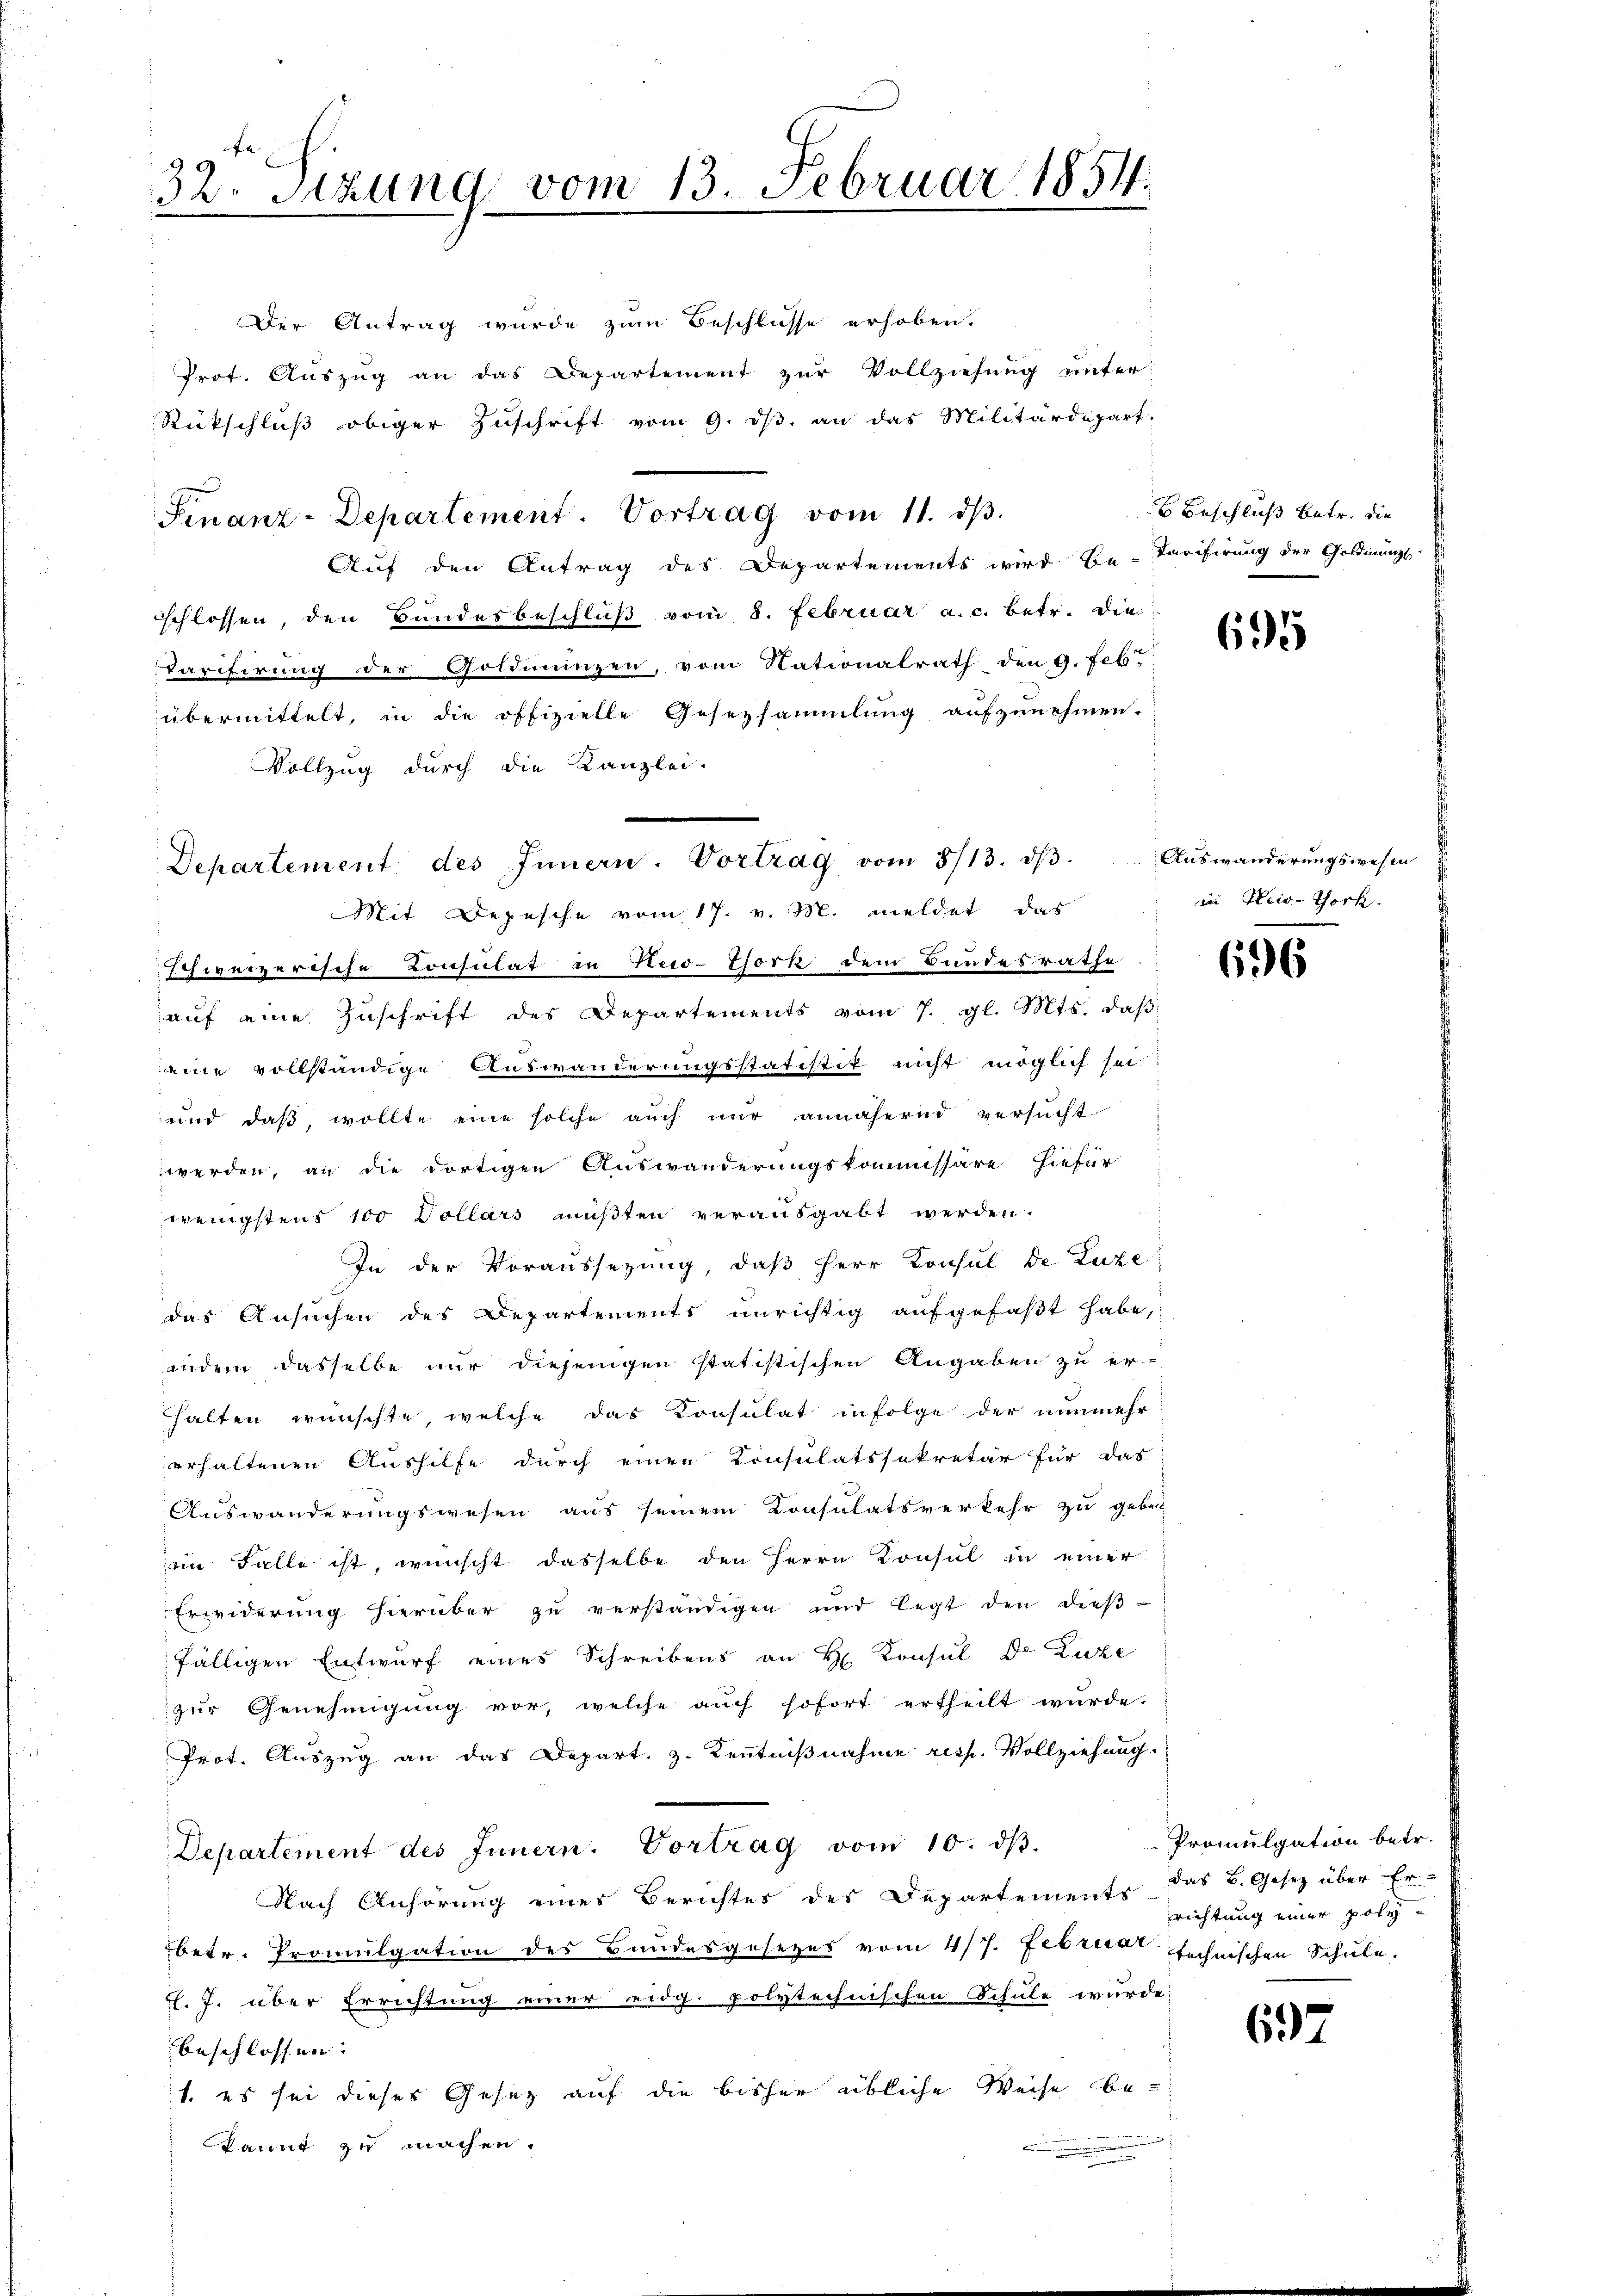
32. Sitzung vom 13. Februar 1854.

Departement des Innern. Vortrag vom 8/13. dβ. Aŭswänderŭngswesen

Der Antrag wurde zum Beschlüsse erhoben.
Prot. Auszug an das Departement zur Vollziehung unter
Rückschluß obiger Zuschrift vom 9. ds. an das Militärdepart.
Finanz-Departement. Vortrag vom 11. dβ.
Auf den Antrag des Departements wird Be-Tarifirung der Goldmung.
schlossen, den Bundesbeschluß vom 8. Februar a. c. betr. die
Varifirung der Goldmünzen, vom Nationalrath den 9. Feb.
übermittelt, in die offizielle Gesetzsammlung aŭfzŭnehmen.
Vollzug durch die Kanzlei-
Mit Depesche vom 17. v. M. meldet, das
schweizerische Consulat in Reto-Chork dem Bundesrathe
aŭf eine Zŭschrift des Departements vom 7. gl. Mts. daβ
eine vollständige Auswänderungsstatistik nicht möglich sei:
und daß, wollte eine solche auch nur annähernd versucht
werden, an die dortigen Auswanderungskommissäre hiefür
wenigstens 100 Dollars mußten verausgabt werden.
In der Voraussezung, daß Herr Konsul de Luze
das Ansuchen des Departements unrichtig aufgefaßt habe,
indem dasselbe nur diejenigen statistischen Angaben zu er-
halten wünschte, welche das Konsulat infolge der nunmehr
erhaltenen Aushilfe durch einen Consulatssekretär für das
Auswanderungswesen aus seinem Consulatsverkehr zu geben
im Falle ist, wünscht dasselbe den Herrn Konsul in einer
Erwiderung hierüber zu verständigen und legt den dießfälligen Entwurf eines Schreibens an H. Konsul Dr. Luze
zur Genehmigung vor, welche auch sofort ertheilt wurde.
Prot. Auszug an das Depart. z. Kenntnißnahme resp. Vollziehung.
Departement des Innern. Vortrag vom 10. dβ.
Nach Anhörung einer Berichtes des Departements das B. Gesetz über Er-
betr. Promulgation des Bundesgesezes vom 4/7. Februar technischen Schule.
F. J. über Errichtung einer eidg. polytechnischen Schule wurde
beschlossen:
1. es sei dieses Gesetz auf die bisher übliche Weise be-
kannt zu machen.

6 Beschluß betr. die

695

in Heis-Thork

696

Promulgation betr.
richtung einer poly¬

697